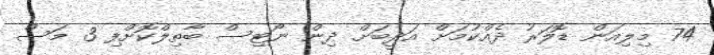
74 މިލިއަން ޑޮލަރު ދެއްކުމަށް އަދީބަށް ދިން ނޯޓިސް ބާތިލްކޮށްފި 3 މަސް